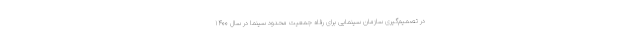
درِ تصمیم‌گیری سازمان سینمایی برای رفاه جمعیت محدود سینما در سال ۱۴۰۰